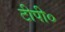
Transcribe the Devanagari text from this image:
टीपी०